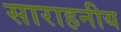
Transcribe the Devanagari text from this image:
साराहनीय